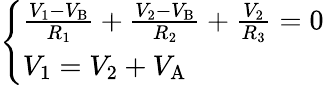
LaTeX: \left\{ \begin{array}{ll}{{\frac{V_{1}-V_{\mathrm{B}}}{R_{1}}}+{\frac{V_{2}-V_{\mathrm{B}}}{R_{2}}}+{\frac{V_{2}}{R_{3}}}=0}\\ {V_{1}=V_{2}+V_{\mathrm{A}}}\end{array}\right.